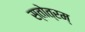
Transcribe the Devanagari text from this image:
स्तोत्रम्